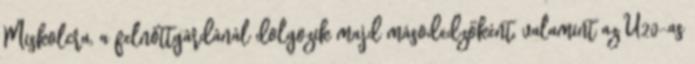
Miskolcra, a felnőttgárdánál dolgozik majd másodedzőként, valamint az U20-as